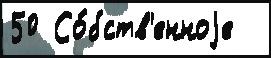
50 Со́бств'енноjе